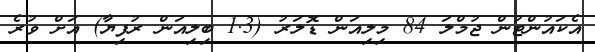
އެކައުންޓުން ޖުމްލަ 84 މިލިއަން ޑޮލަރު (1.3 ބިލިއަން ރުފިޔާ) އަށް ވުރެ